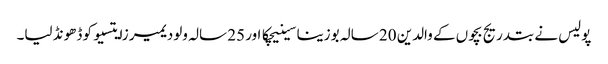
پولیس نے بتدریج بچوں کے والدین 20 سالہ بوزینا سینیچکا اور 25 سالہ ولودیمیر زایتسیو کو ڈھونڈ لیا۔